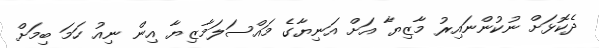
ދެކޮޅަށް ނުކުންނައިރު މާޒިޔާ އަށް އަނިޔާގެ މައްސަލަމާޒިޔާ އިން ނިއު ހަމަ ބިމަށް